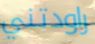
راودتني